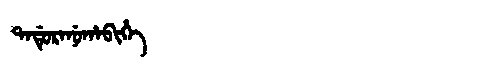
Manchu: ᡨᠠᡩᡠᡵᠠᠨᡠᡥᠠᠪᡳᡥᡝ
Romanization: TADURANUHABIHE